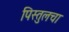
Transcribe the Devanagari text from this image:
पिस्तुलचा